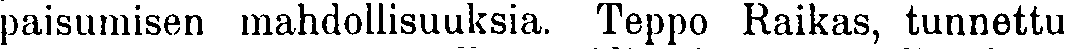
paisumisen mahdollisuuksia. Teppo Raikas, tunnettu